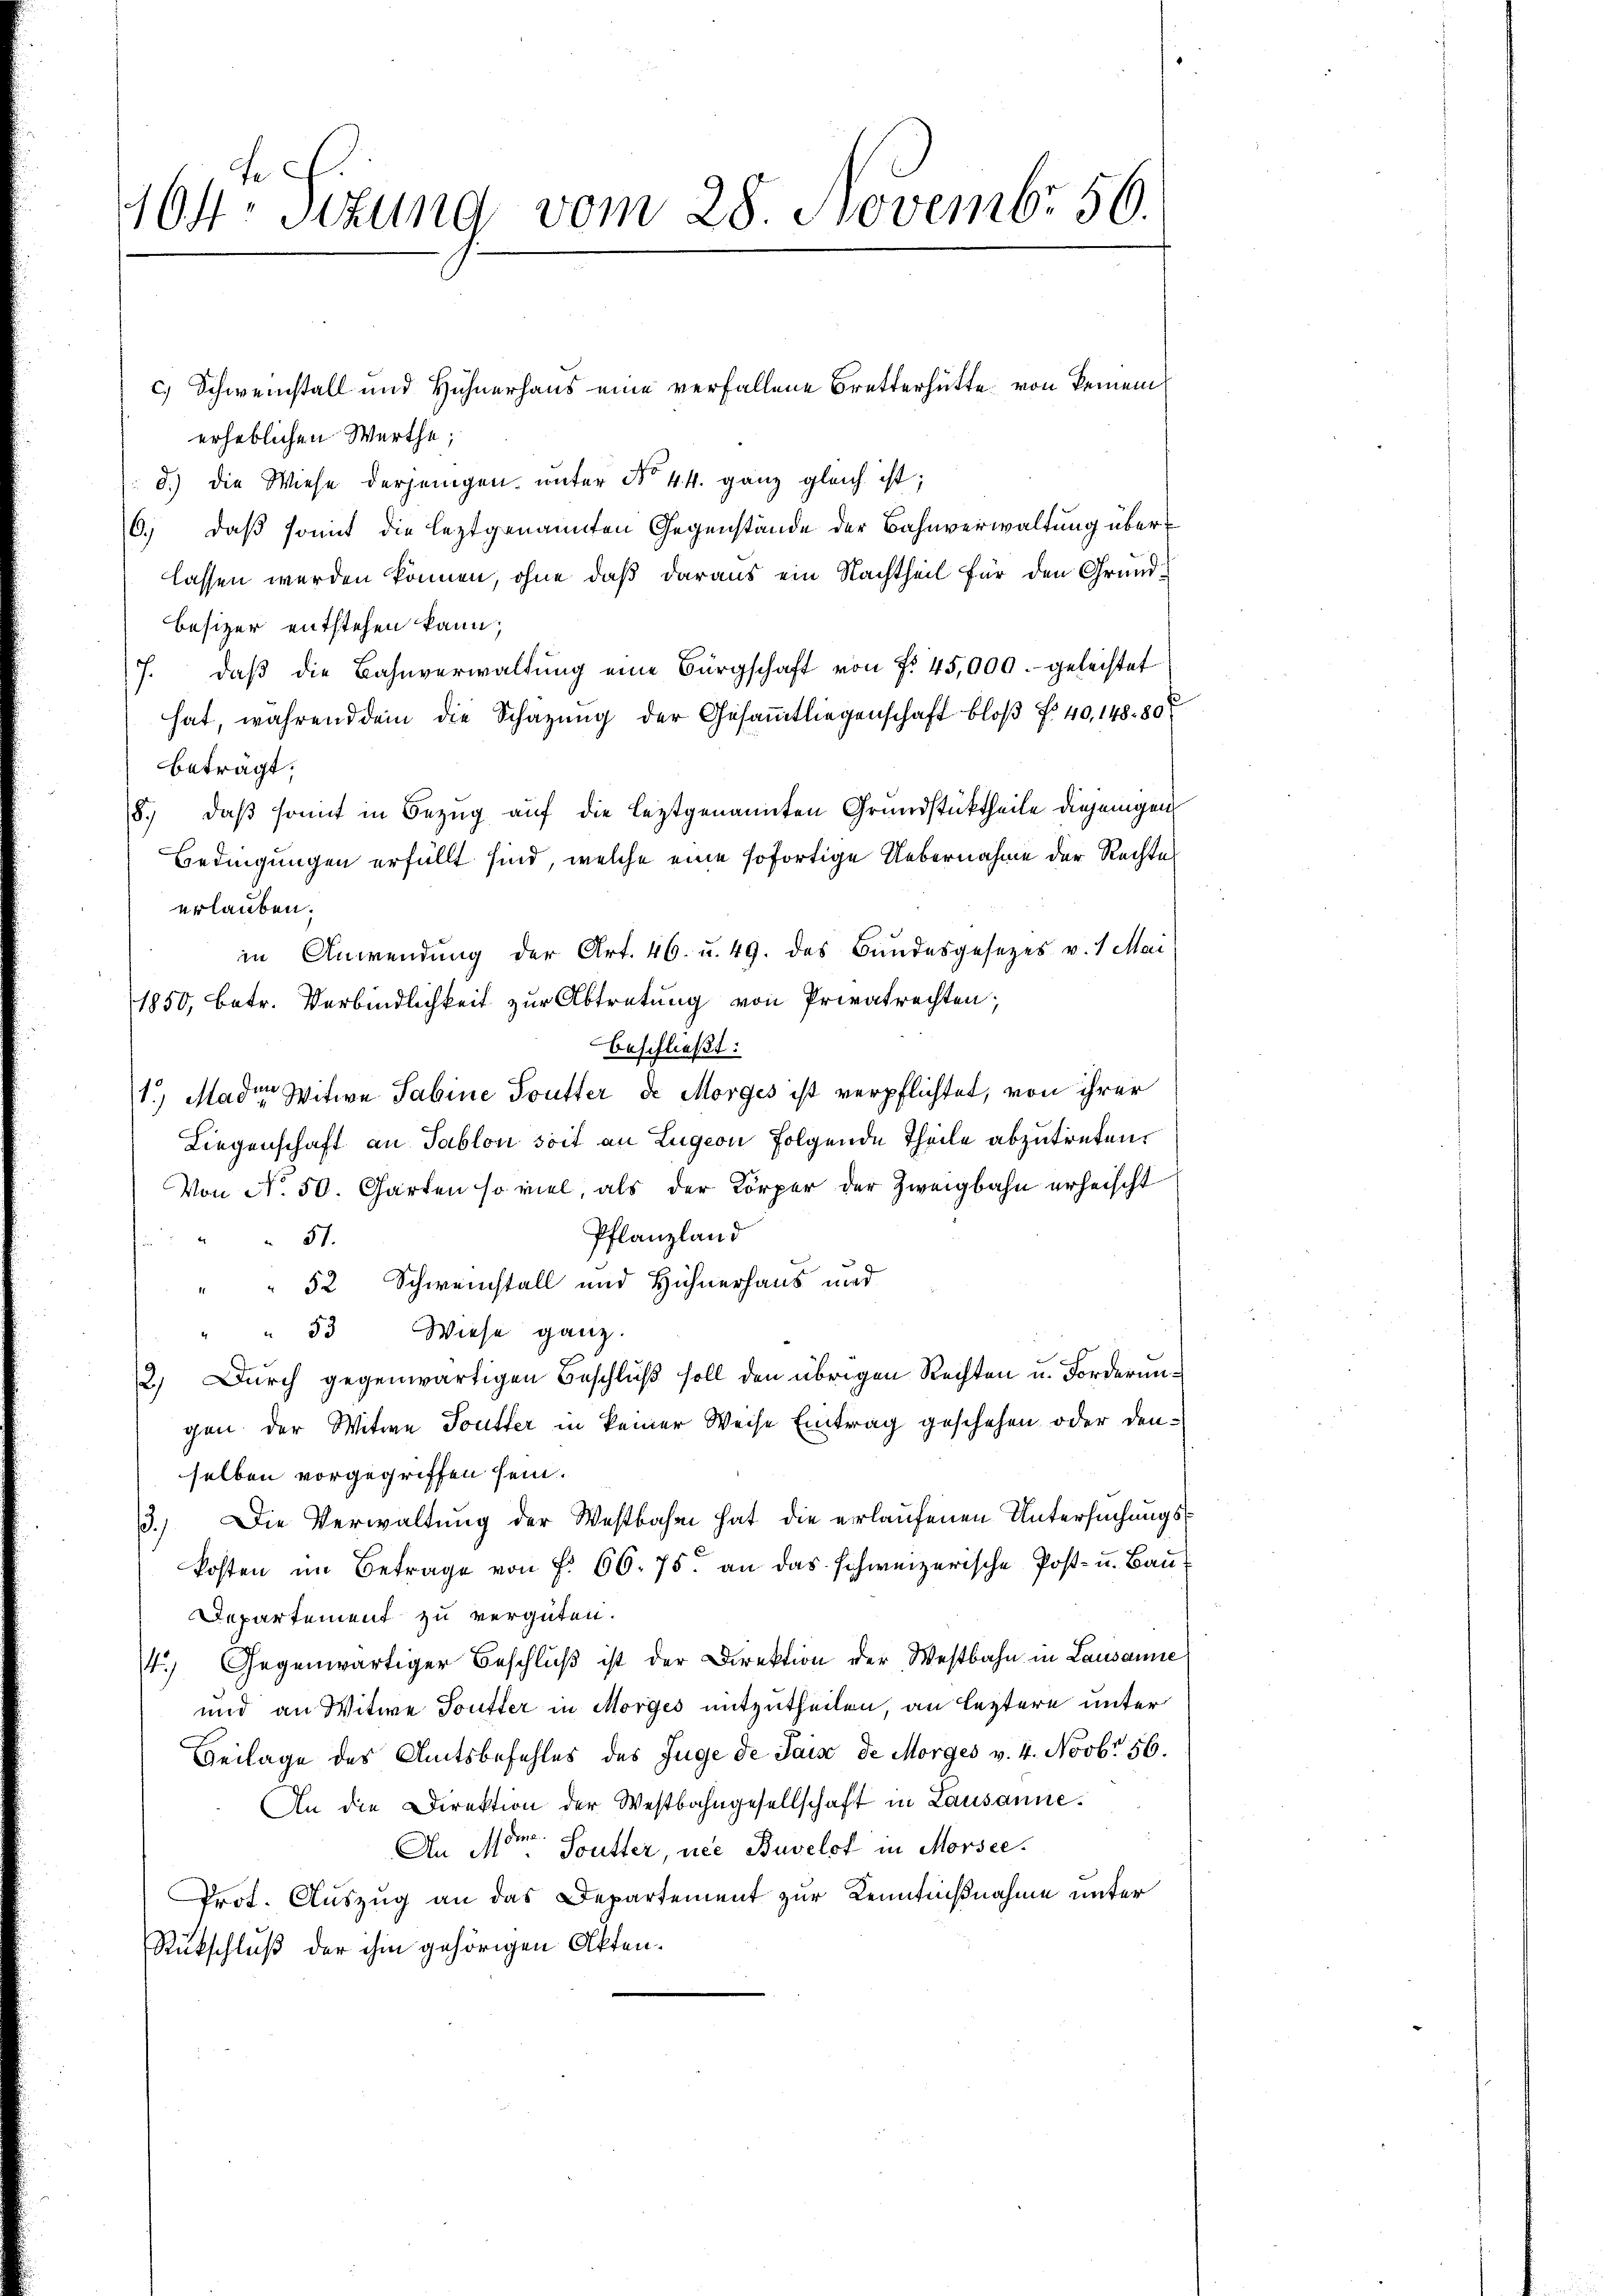
404 Sizung vom 28. Novembr 56.

c) Schweinstall und Hühnerhaus eine verfallene Bretterhütte von keinem
erheblichen Werthe;
d.) die Wiese derjenigen, unter No 44. ganz gleich ist;
6.) daß somit die leztgenannten Gegenstände der Bahnverwaltung überlassen werden können, ohne daß daraus ein Nachtheil für den Grund¬
Besizer entstehen kann;
J. daβ die Bahnverwaltŭng eine Bürgschaft von f. 45,000.- geleistet
hat, während dem die Schazung der Gesammtliegenschaft bloß f. 40,148. 807
beträgt;
8., daß somit in Bezug auf die leztgenannten Grundstücktheile diejenigen
Bedingungen erfüllt sind, welche eine sofortige Uebernahme der Rechtes
erlauben.
in Anwendung der Art. 46. u. 49. des Bundesgesetzes v. 1 Mai
1850, betr. Verbindlichkeit zur Abtretung von Privatrechten;
beschließt:
1.) Mader Witwe Sabine Toutter de Morges ist verpflichtet, von ihrer
Liegenschaft an Tablon soit an Lugeon folgende Theile abzutreten,
Von No. 50. Garten so viel, als der Körper der Zweigbahn erheischt
Pflanzland
57.
52 Schweinstall und Hühnerhaus und
" 53 Wiese ganz.
2.) Durch gegenwärtigen Beschluß soll den übrigen Rechten u. Forderungen der Witwe Toutter in keiner Weise Eintrag geschehen oder denselben vorgegriffen sein.
3.) Die Verwaltung der Westbahn hat die erlaufenen Untersuchungskosten im Betrage von f. 66. 75. an das schweizerische Post- u. Baŭ-
Departement zu vergüten.
14.) Gegenwärtiger Beschluß ist der Direktion der Westbahn in Lausanne
und an Witwe Toutter in Morges mitzutheilen, an leztere unter
Beilage des Amtsbefehles des Juge de Jais de Morges v. 4. Novbr 56.
An die Direktion der Westbahngesellschaft in Lausanne.
An Mor. Sutter, nie Buvelst in Morsee.
Prot. Auszug an das Departement zur Kenntnißnahme unter
Rückschluß der ihm gehörigen Akten.